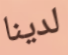
لدينا